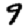
Digit: 9